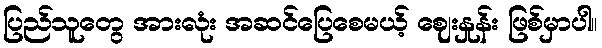
ပြည်သူတွေ အားလုံး အဆင်ပြေစေမယ့် ဈေးနှုန်း ဖြစ်မှာပါ။